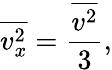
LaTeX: {\overline{{v_{x}^{2}}}}={\frac{\overline{{v^{2}}}}{3}},